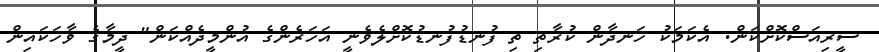
ސީރިއަސްކޮށްކަން. އެކަމަކު ހަނދާން ކުރާތި ތި ފުނޑުފުނޑުކޮށްލެވެނީ އަހަރެންގެ އުންމީދެއްކަން" ދީމާގެ ވާހަކައިން